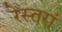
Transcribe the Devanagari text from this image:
रेस्‍तरां